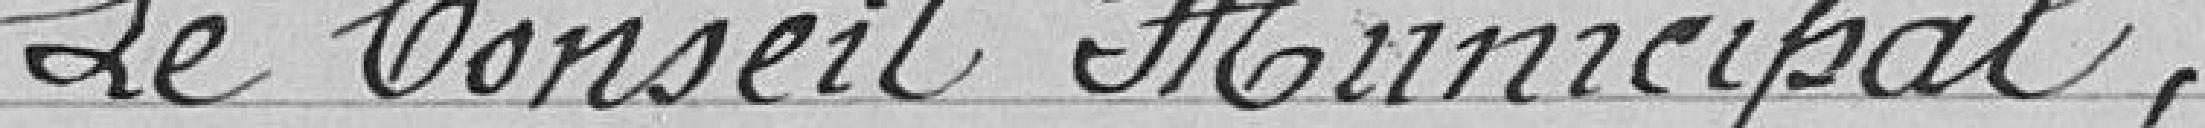
Le Conseil Municipal,